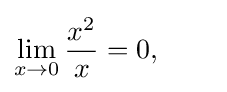
\lim _{x\to 0}{\frac {x^{2}}{x}}=0,\qquad